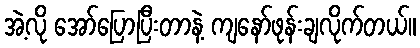
အဲ့လို အော်ပြောပြီးတာနဲ့ ကျနော်ဖုန်းချလိုက်တယ်။